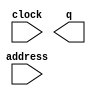
module adv7513_i2c_setting (
	address,
	clock,
	q);

	input	[6:0]  address;
	input	  clock;
	output	[31:0]  q;
`ifndef ALTERA_RESERVED_QIS
// synopsys translate_off
`endif
	tri1	  clock;
`ifndef ALTERA_RESERVED_QIS
// synopsys translate_on
`endif

endmodule